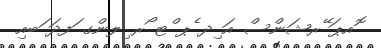
ޮއޕަ ޭރޝަންސް އަ ިދ ެޕ ްޓ ޯރ ިލންގ ަފދަ ަބއި